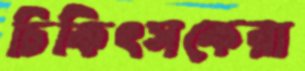
চিকিৎসকেরা